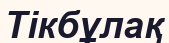
Тікбұлақ